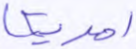
امريكا